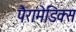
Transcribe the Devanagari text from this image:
पैरामेडिक्स